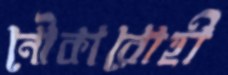
নৌকারোহী